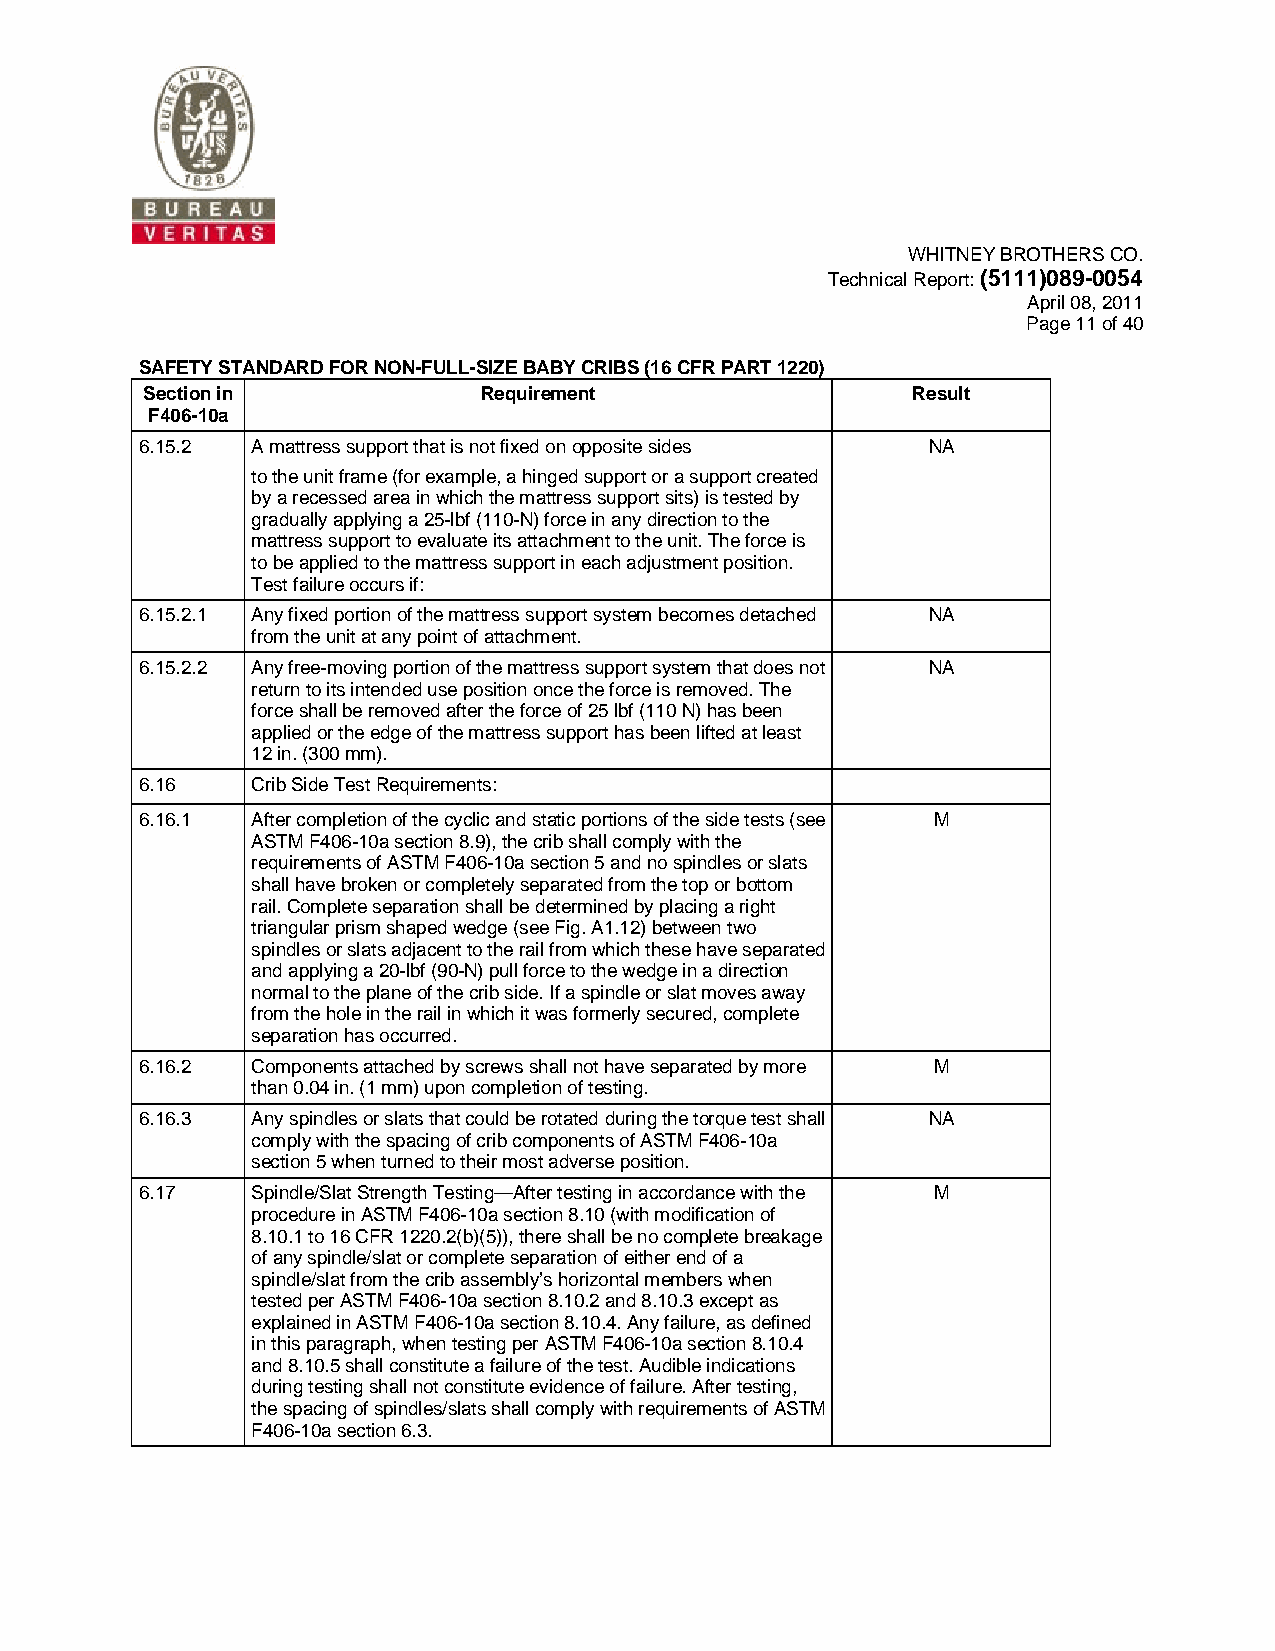
WHITNEY BROTHERS CO.
 Technical Report: (5111)089-0054
 April 08, 2011
 Page 11 of 40
 SAFETY STANDARD FOR NON-FULL-SIZE BABY CRIBS (16 CFR PART 1220)
 Section in             Requirement                 Result
 F406-10a
 6.15.2  A mattress support that is not fixed on opposite sides NA
 to the unit frame (for example, a hinged support or a support created
 by a recessed area in which the mattress support sits) is tested by
 gradually applying a 25-lbf (110-N) force in any direction to the
 mattress support to evaluate its attachment to the unit. The force is
 to be applied to the mattress support in each adjustment position.
 Test failure occurs if:
 6.15.2.1 Any fixed portion of the mattress support system becomes detached NA
 from the unit at any point of attachment.
 6.15.2.2 Any free-moving portion of the mattress support system that does not NA
 return to its intended use position once the force is removed. The
 force shall be removed after the force of 25 lbf (110 N) has been
 applied or the edge of the mattress support has been lifted at least
 12 in. (300 mm).
 6.16    Crib Side Test Requirements:
 6.16.1  After completion of the cyclic and static portions of the side tests (see M
 ASTM F406-10a section 8.9), the crib shall comply with the
 requirements of ASTM F406-10a section 5 and no spindles or slats
 shall have broken or completely separated from the top or bottom
 rail. Complete separation shall be determined by placing a right
 triangular prism shaped wedge (see Fig. A1.12) between two
 spindles or slats adjacent to the rail from which these have separated
 and applying a 20-lbf (90-N) pull force to the wedge in a direction
 normal to the plane of the crib side. If a spindle or slat moves away
 from the hole in the rail in which it was formerly secured, complete
 separation has occurred.
 6.16.2  Components attached by screws shall not have separated by more M
 than 0.04 in. (1 mm) upon completion of testing.
 6.16.3  Any spindles or slats that could be rotated during the torque test shall NA
 comply with the spacing of crib components of ASTM F406-10a
 section 5 when turned to their most adverse position.
 6.17    Spindle/Slat Strength Testing—After testing in accordance with the M
 procedure in ASTM F406-10a section 8.10 (with modification of
 8.10.1 to 16 CFR 1220.2(b)(5)), there shall be no complete breakage
 of any spindle/slat or complete separation of either end of a
 spindle/slat from the crib assembly’s horizontal members when
 tested per ASTM F406-10a section 8.10.2 and 8.10.3 except as
 explained in ASTM F406-10a section 8.10.4. Any failure, as defined
 in this paragraph, when testing per ASTM F406-10a section 8.10.4
 and 8.10.5 shall constitute a failure of the test. Audible indications
 during testing shall not constitute evidence of failure. After testing,
 the spacing of spindles/slats shall comply with requirements of ASTM
 F406-10a section 6.3.